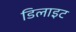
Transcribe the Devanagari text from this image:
डिलाइट